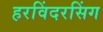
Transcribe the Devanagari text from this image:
हरविंदरसिंग